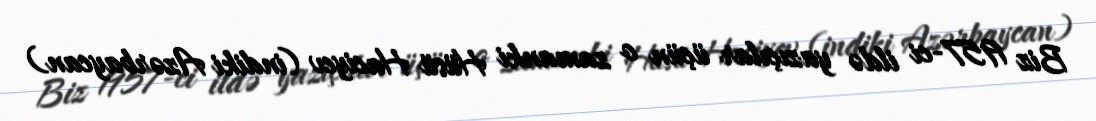
Biz 1957-ci ildə yazıçılar üçün o zamanki Hüsü Haciyev (indiki Azərbaycan)